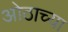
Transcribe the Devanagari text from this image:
ओठाच्या